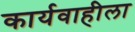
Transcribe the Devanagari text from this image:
कार्यवाहीला